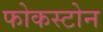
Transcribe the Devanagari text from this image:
फोकस्टोन